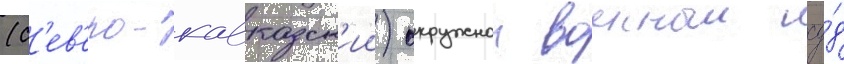
(с'ев'еро-кавказск'ии) окружнои военныи су́д